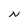
Character: N